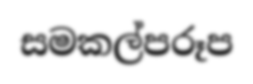
සමකල්පරූප